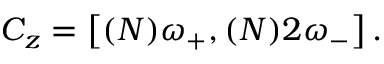
C _ { z } = \left[ ( N ) \omega _ { + } , ( N ) 2 \omega _ { - } \right] .